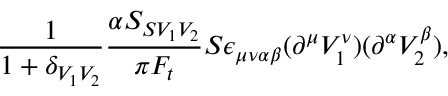
\frac { 1 } { 1 + \delta _ { V _ { 1 } V _ { 2 } } } \frac { \alpha S _ { S V _ { 1 } V _ { 2 } } } { \pi F _ { t } } S \epsilon _ { \mu \nu \alpha \beta } ( \partial ^ { \mu } V _ { 1 } ^ { \nu } ) ( \partial ^ { \alpha } V _ { 2 } ^ { \beta } ) ,